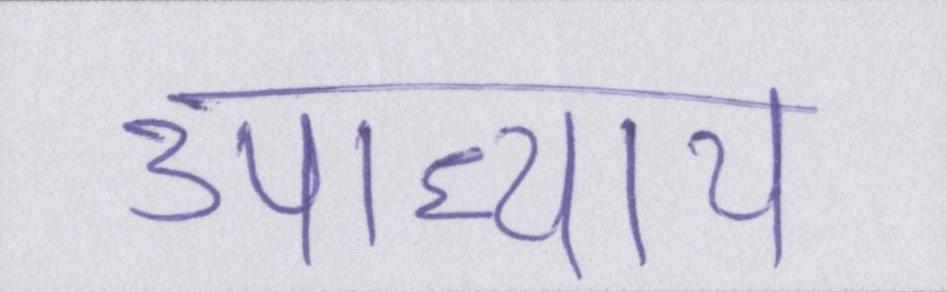
उपाध्याय